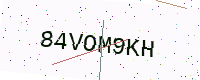
Text: 84VOM9KH